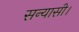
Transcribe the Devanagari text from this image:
सन्यासी।